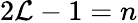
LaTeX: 2{\cal L}-1=n